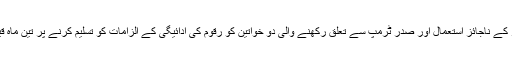
اُن کو صدر ٹرمپ کی انتخابی مہم کے دوران مہم کے فنڈز کے ناجائز استعمال اور صدر ٹرمپ سے تعلق رکھنے والی دو خواتین کو رقوم کی ادائیگی کے الزامات کو تسلیم کرنے پر تین ماہ قید کی سزا سنائی گئی تھی جس پر عملدرآمد مئی سے ہو گا۔